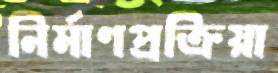
নির্মাণপ্রক্রিয়া